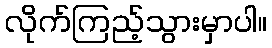
လိုက်ကြည့်သွားမှာပါ။